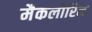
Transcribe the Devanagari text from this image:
मैकलोरिन